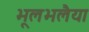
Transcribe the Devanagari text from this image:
भूलभलैया